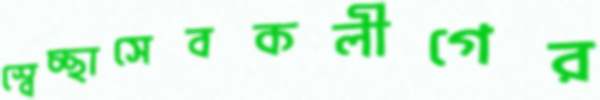
স্বেচ্ছাসেবকলীগের